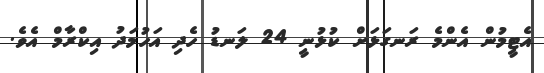
އެޓީމުން އެންމެ ރަނގަޅަށް ކުޅުނީ 24 ލަނޑު ހެދި އަހުމަދު އިކްރާމް އެވެ.